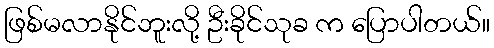
ဖြစ်မလာနိုင်ဘူးလို့ ဦးခိုင်သုခ က ပြောပါတယ်။